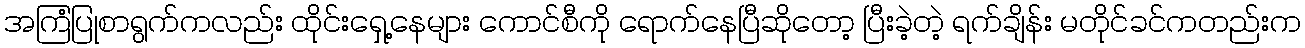
အကြံပြုစာရွက်ကလည်း ထိုင်းရှေ့နေများ ကောင်စီကို ရောက်နေပြီဆိုတော့ ပြီးခဲ့တဲ့ ရက်ချိန်း မတိုင်ခင်ကတည်းက